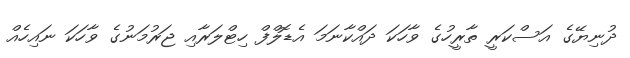
ދުނިޔޭގެ އަސްކަރީ ތާރީހުގެ ވާހަކަ ދައްކާނަމަ އެޑޮލްފް ހިޓްލަރާއި ޖަރުމަނުގެ ވާހަކަ ނައިހެއް